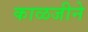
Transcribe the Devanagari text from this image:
काळजीने